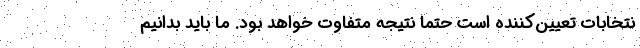
نتخابات تعيين‌كننده است حتما نتيجه متفاوت خواهد بود. ما بايد بدانيم